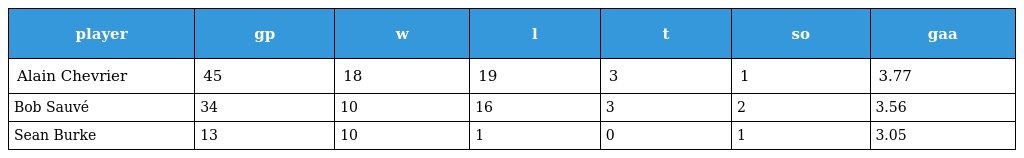
| player | gp | w | l | t | so | gaa |
 | --- | --- | --- | --- | --- | --- | --- |
 | Alain Chevrier | 45 | 18 | 19 | 3 | 1 | 3.77 |
 | Bob Sauvé | 34 | 10 | 16 | 3 | 2 | 3.56 |
 | Sean Burke | 13 | 10 | 1 | 0 | 1 | 3.05 |